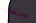
سيكون